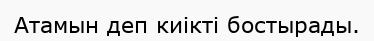
Атамын деп киікті бостырады.